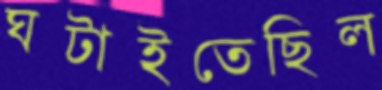
ঘটাইতেছিল